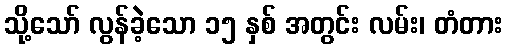
သို့သော် လွန်ခဲ့သော ၁၅ နှစ် အတွင်း လမ်း၊ တံတား